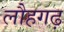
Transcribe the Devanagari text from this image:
लौहगढ़